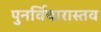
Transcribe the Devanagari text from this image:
पुनर्विचारास्तव